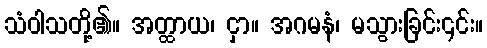
သံဝါသတို့၏။ အတ္ထာယ၊ ငှာ။ အဂမနံ၊ မသွားခြင်း၎င်း။